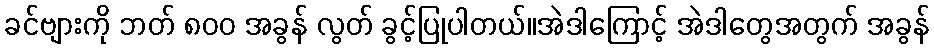
ခင်ဗျားကို ဘတ် ၈၀၀ အခွန် လွတ် ခွင့်ပြုပါတယ်။အဲဒါကြောင့် အဲဒါတွေအတွက် အခွန်